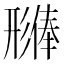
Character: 𪫊